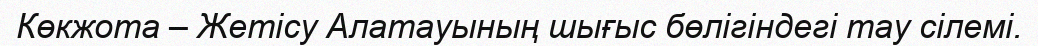
Көкжота – Жетісу Алатауының шығыс бөлігіндегі тау сілемі.